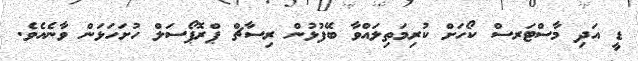
ޑީ އަދި މާސްޓަރސް ކޯހަށް ކުރިމަތިލައްވާ ބޭފުޅުން ރިސާޗް ޕްރޮޕޯސަލް ހުށަހަޅަން ވާނެއެވެ.